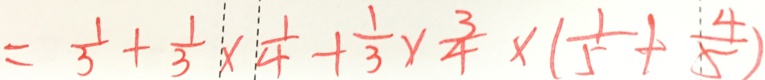
= \frac { 1 } { 3 } + \frac { 1 } { 3 } \times \frac { 1 } { 4 } + \frac { 1 } { 3 } \times \frac { 3 } { 4 } \times ( \frac { 1 } { 5 } + \frac { 4 } { 5 } )